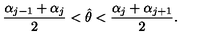
{ \frac { \alpha _ { j - 1 } + \alpha _ { j } } { 2 } } < \hat { \theta } < { \frac { \alpha _ { j } + \alpha _ { j + 1 } } { 2 } } .